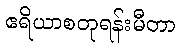
ဧရိယာစတုရန်းမီတာ